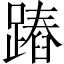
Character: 蹖